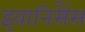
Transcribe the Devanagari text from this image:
इवानिसैंस